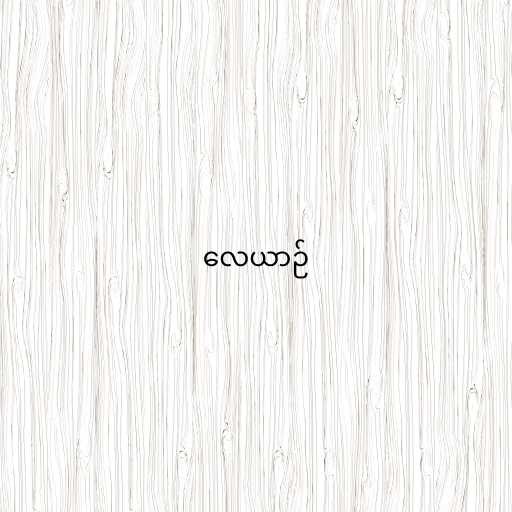
လေယာဉ်